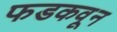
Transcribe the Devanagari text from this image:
फडकवून